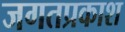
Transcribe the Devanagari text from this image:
जगतप्रकाश